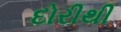
દોરીથી